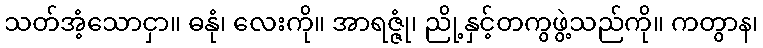
သတ်အံ့သောငှာ။ ဓနုံ၊ လေးကို။ အာရဇ္ဇုံ၊ ညို့နှင့်တကွဖွဲ့သည်ကို။ ကတွာန၊